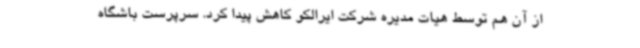
از آن هم توسط هیات مدیره شرکت ایرالکو کاهش پیدا کرد. سرپرست باشگاه